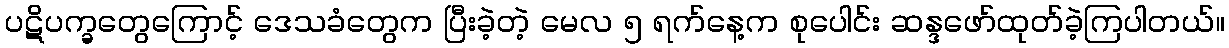
ပဋိပက္ခတွေကြောင့် ဒေသခံတွေက ပြီးခဲ့တဲ့ မေလ ၅ ရက်နေ့က စုပေါင်း ဆန္ဒဖော်ထုတ်ခဲ့ကြပါတယ်။